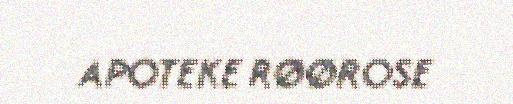
APOTEKE RØØROSE